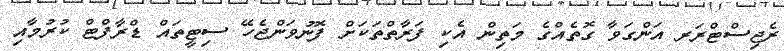
ރެޖިސްޓްރަރ އަންގަވާ ގޮތެއްގެ މަތިން އެކި ފަރާތްތަކަށް ފޮނުވަންޖެހޭ ސިޓީތައް ޑްރާފްޓް ކުރުމާއި